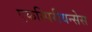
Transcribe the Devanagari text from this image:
एकस्पिरीयन्सेस